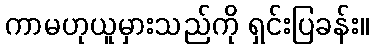
ကာမဟုယူမှားသည်ကို ရှင်းပြခန်း။